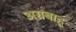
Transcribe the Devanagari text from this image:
अग्रबाहू